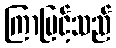
ကြာမြင့်သည်